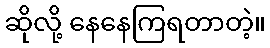
ဆိုလို့ နေနေကြရတာတဲ့။